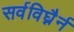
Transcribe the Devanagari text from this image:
सर्वविघ्नैर्न